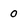
Character: 0